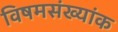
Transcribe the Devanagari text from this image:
विषमसंख्यांक